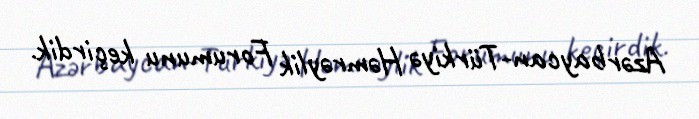
Azərbaycan-Türkiyə Həmrəylik Forumunu keçirdik.